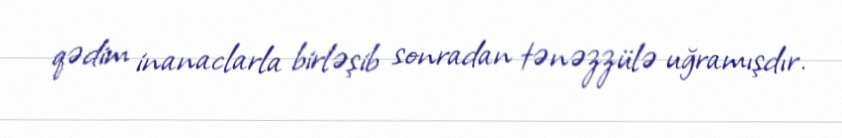
qədim inanaclarla birləşib sonradan tənəzzülə uğramışdır.